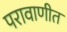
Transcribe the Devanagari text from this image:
परावाणीत